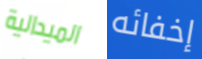
الميدالية إخفائه